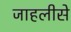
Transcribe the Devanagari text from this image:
जाहलीसे